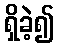
ရှိခဲ့၍